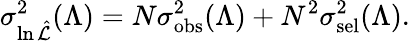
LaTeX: \sigma_{\ln\hat{\cal L}}^{2}(\Lambda)=N\sigma_{\mathrm{obs}}^{2}(\Lambda)+N^{2}\sigma_{\mathrm{sel}}^{2}(\Lambda).